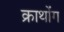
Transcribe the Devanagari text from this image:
क्राथोंग